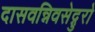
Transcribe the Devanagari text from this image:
दासवन्निवसेद्गुरो